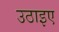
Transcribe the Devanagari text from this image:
उठाइए